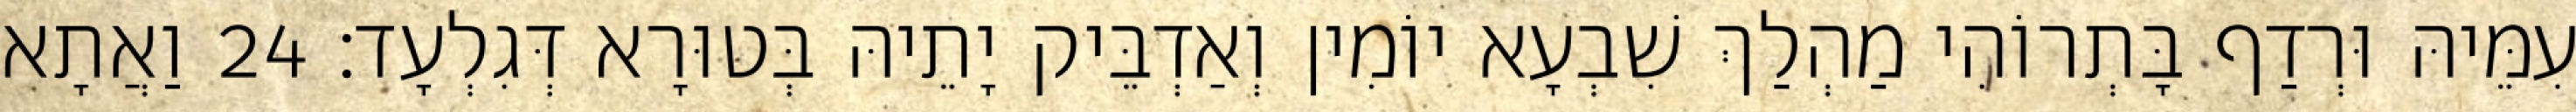
עִמֵּיהּ וּרְדַף בָּתְרוֹהִי מַהְלַךְ שִׁבְעָא יוֹמִין וְאַדְבֵּיק יָתֵיהּ בְּטוּרָא דְּגִלְעָד׃ 24 וַאֲתָא